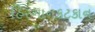
હિરગાનકટકાન